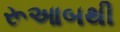
રૂઆબથી